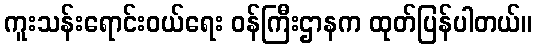
ကူးသန်းရောင်းဝယ်ရေး ဝန်ကြီးဌာနက ထုတ်ပြန်ပါတယ်။